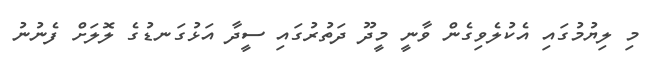
މި ލިޔުމުގައި އެކުލެވިގެން ވާނީ މީދޫ ދަތުރުގައި ސީދާ އަޅުގަނޑުގެ ލޮލަށް ފެނުނު